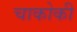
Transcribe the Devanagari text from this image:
चाकोकी